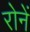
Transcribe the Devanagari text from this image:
रोनें